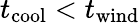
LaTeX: t_{\mathrm{cool}}<t_{\mathrm{wind}}